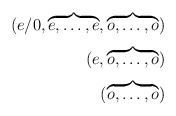
LaTeX: \begin{align*}(e/0, \overbrace{e, \ldots, e}^{}, \overbrace{o, \ldots , o}^{})& \\(e, \overbrace{o, \ldots , o}^{})& \\(\overbrace{o, \ldots , o}^{})& \end{align*}